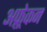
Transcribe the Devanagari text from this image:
अफ़्र्रेकन